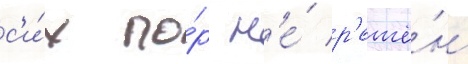
с'и́х по́р н'е́ р'ешё́н